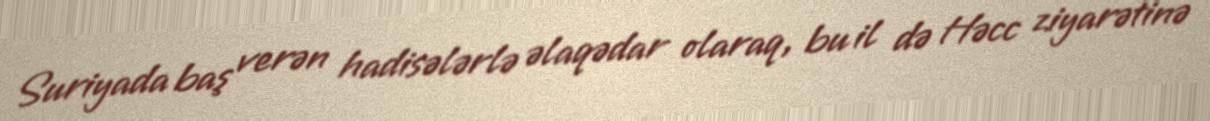
Suriyada baş verən hadisələrlə əlaqədar olaraq, bu il də Həcc ziyarətinə